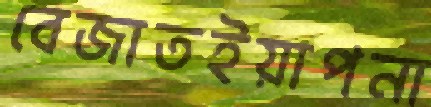
বেজাতইয়াপনা